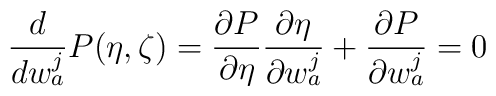
\frac{d}{dw^j_a}P(\eta,\zeta)=\frac{\partial P}{\partial \eta} \frac{\partial \eta}{\partial w^j_a}+\frac{\partial P}{\partial w^j_a}=0